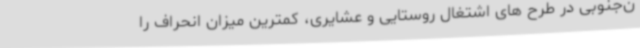
ن‌جنوبی در طرح های اشتغال روستایی و عشایری، کمترین میزان انحراف را